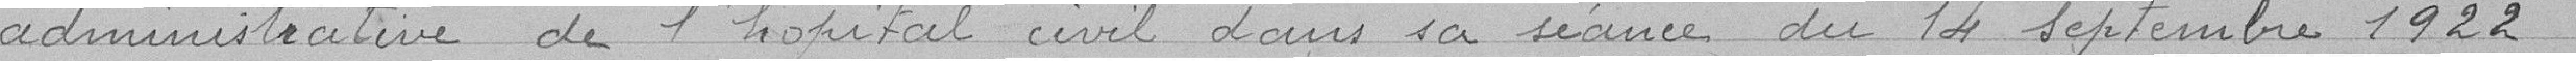
administrative de l'hôpital civil dans sa séance du 14 septembre 1922.